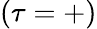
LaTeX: (\tau=+)